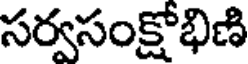
సర్వసంక్షోభిణి